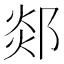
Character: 郯